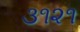
૩૧૨૧